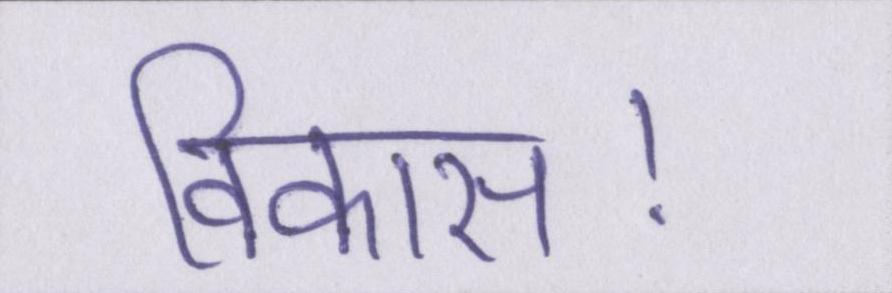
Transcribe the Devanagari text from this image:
विकास।